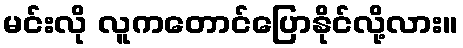
မင်းလို လူကတောင်ပြောနိုင်လို့လား။